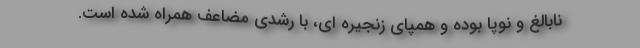
نابالغ و نوپا بوده و همپای زنجیره ای، با رشدی مضاعف همراه شده است.